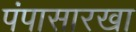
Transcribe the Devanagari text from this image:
पंपासारखा